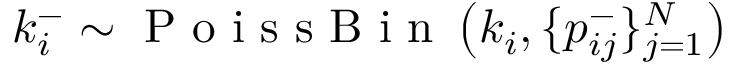
k _ { i } ^ { - } \sim \mathrm { ~ P ~ o ~ i ~ s ~ s ~ B ~ i ~ n ~ } \left( k _ { i } , \{ p _ { i j } ^ { - } \} _ { j = 1 } ^ { N } \right)